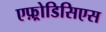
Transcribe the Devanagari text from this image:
एफ़्रोडिसिएस